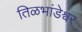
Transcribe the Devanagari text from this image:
तिळभांडेश्वर